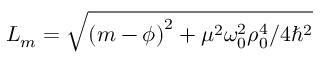
L _ { m } = \sqrt { \left( m - \phi \right) ^ { 2 } + \mu ^ { 2 } \omega _ { 0 } ^ { 2 } \rho _ { 0 } ^ { 4 } / 4 \hbar ^ { 2 } }